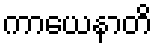
ကာယေနာတိ